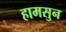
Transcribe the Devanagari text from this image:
हामसुन